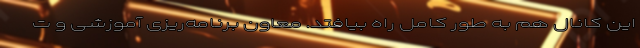
این کانال هم به طور کامل راه بیافتد. معاون برنامه‌ریزی آموزشی و ت